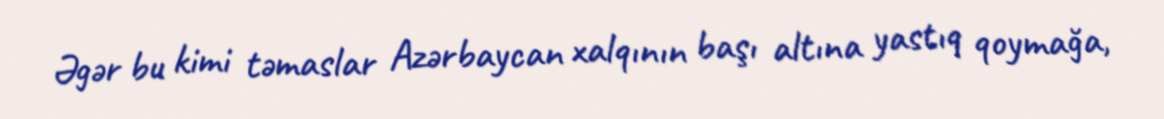
Əgər bu kimi təmaslar Azərbaycan xalqının başı altına yastıq qoymağa,